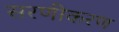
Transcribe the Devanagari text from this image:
सरणीकरण